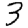
Digit: 3